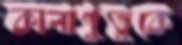
কালাপুতুকে